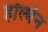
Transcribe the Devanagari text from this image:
होल्मेन